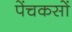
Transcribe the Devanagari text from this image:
पेंचकसों